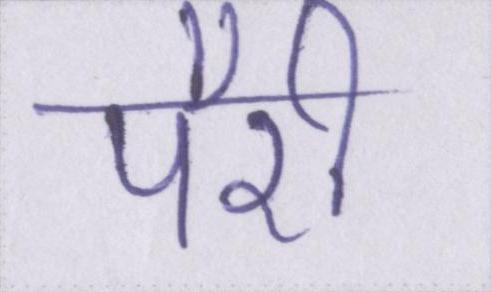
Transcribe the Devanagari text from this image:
पैरी